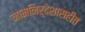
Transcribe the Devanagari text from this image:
नामनिर्देशासहीत